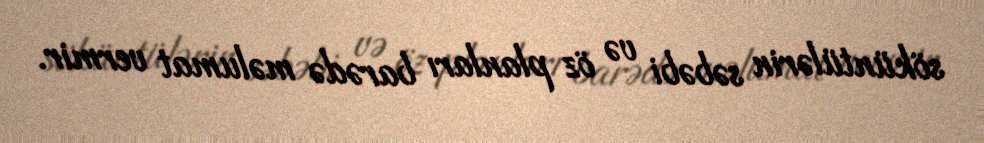
söküntülərin səbəbi və öz planları barədə məlumat vermir.